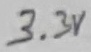
Text: 3.3V